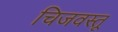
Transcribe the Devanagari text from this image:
चिजवस्तू